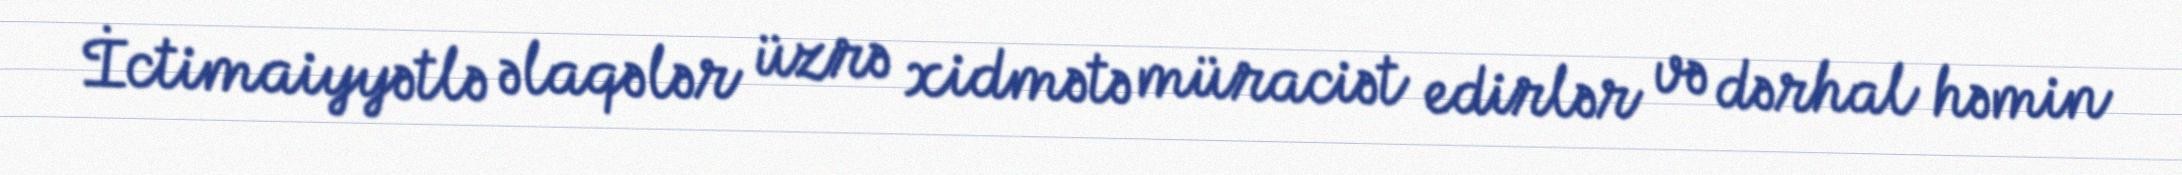
İctimaiyyətlə əlaqələr üzrə xidmətə müraciət edirlər və dərhal həmin